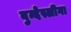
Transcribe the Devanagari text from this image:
बुन्देस्लीगा